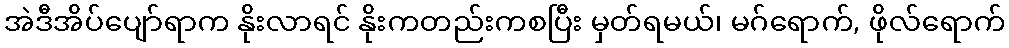
အဲဒီအိပ်ပျော်ရာက နိုးလာရင် နိုးကတည်းကစပြီး မှတ်ရမယ်၊ မဂ်ရောက်, ဖိုလ်ရောက်